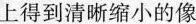
上得到清晰缩小的像